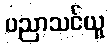
ပညာသင်ယူ